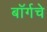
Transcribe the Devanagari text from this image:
बॉर्गचे